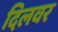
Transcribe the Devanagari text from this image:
दिलवर